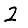
Digit: 2